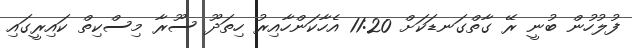
ފުލުހުން ބުނީ ރޭ ގާތްގަނޑަކަށް 11:20 އެހާކަންހާއިރު ހިތަދޫ ސޫރާ މިސްކިތް ކައިރީގައި